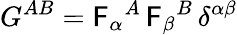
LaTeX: G^{AB}=\mathsf{F}_{\alpha}{}^{A}\, \mathsf{F}_{\beta}{}^{B}\, \delta^{\alpha\beta}